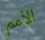
الأمم